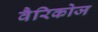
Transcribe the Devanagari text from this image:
वैरिकोज